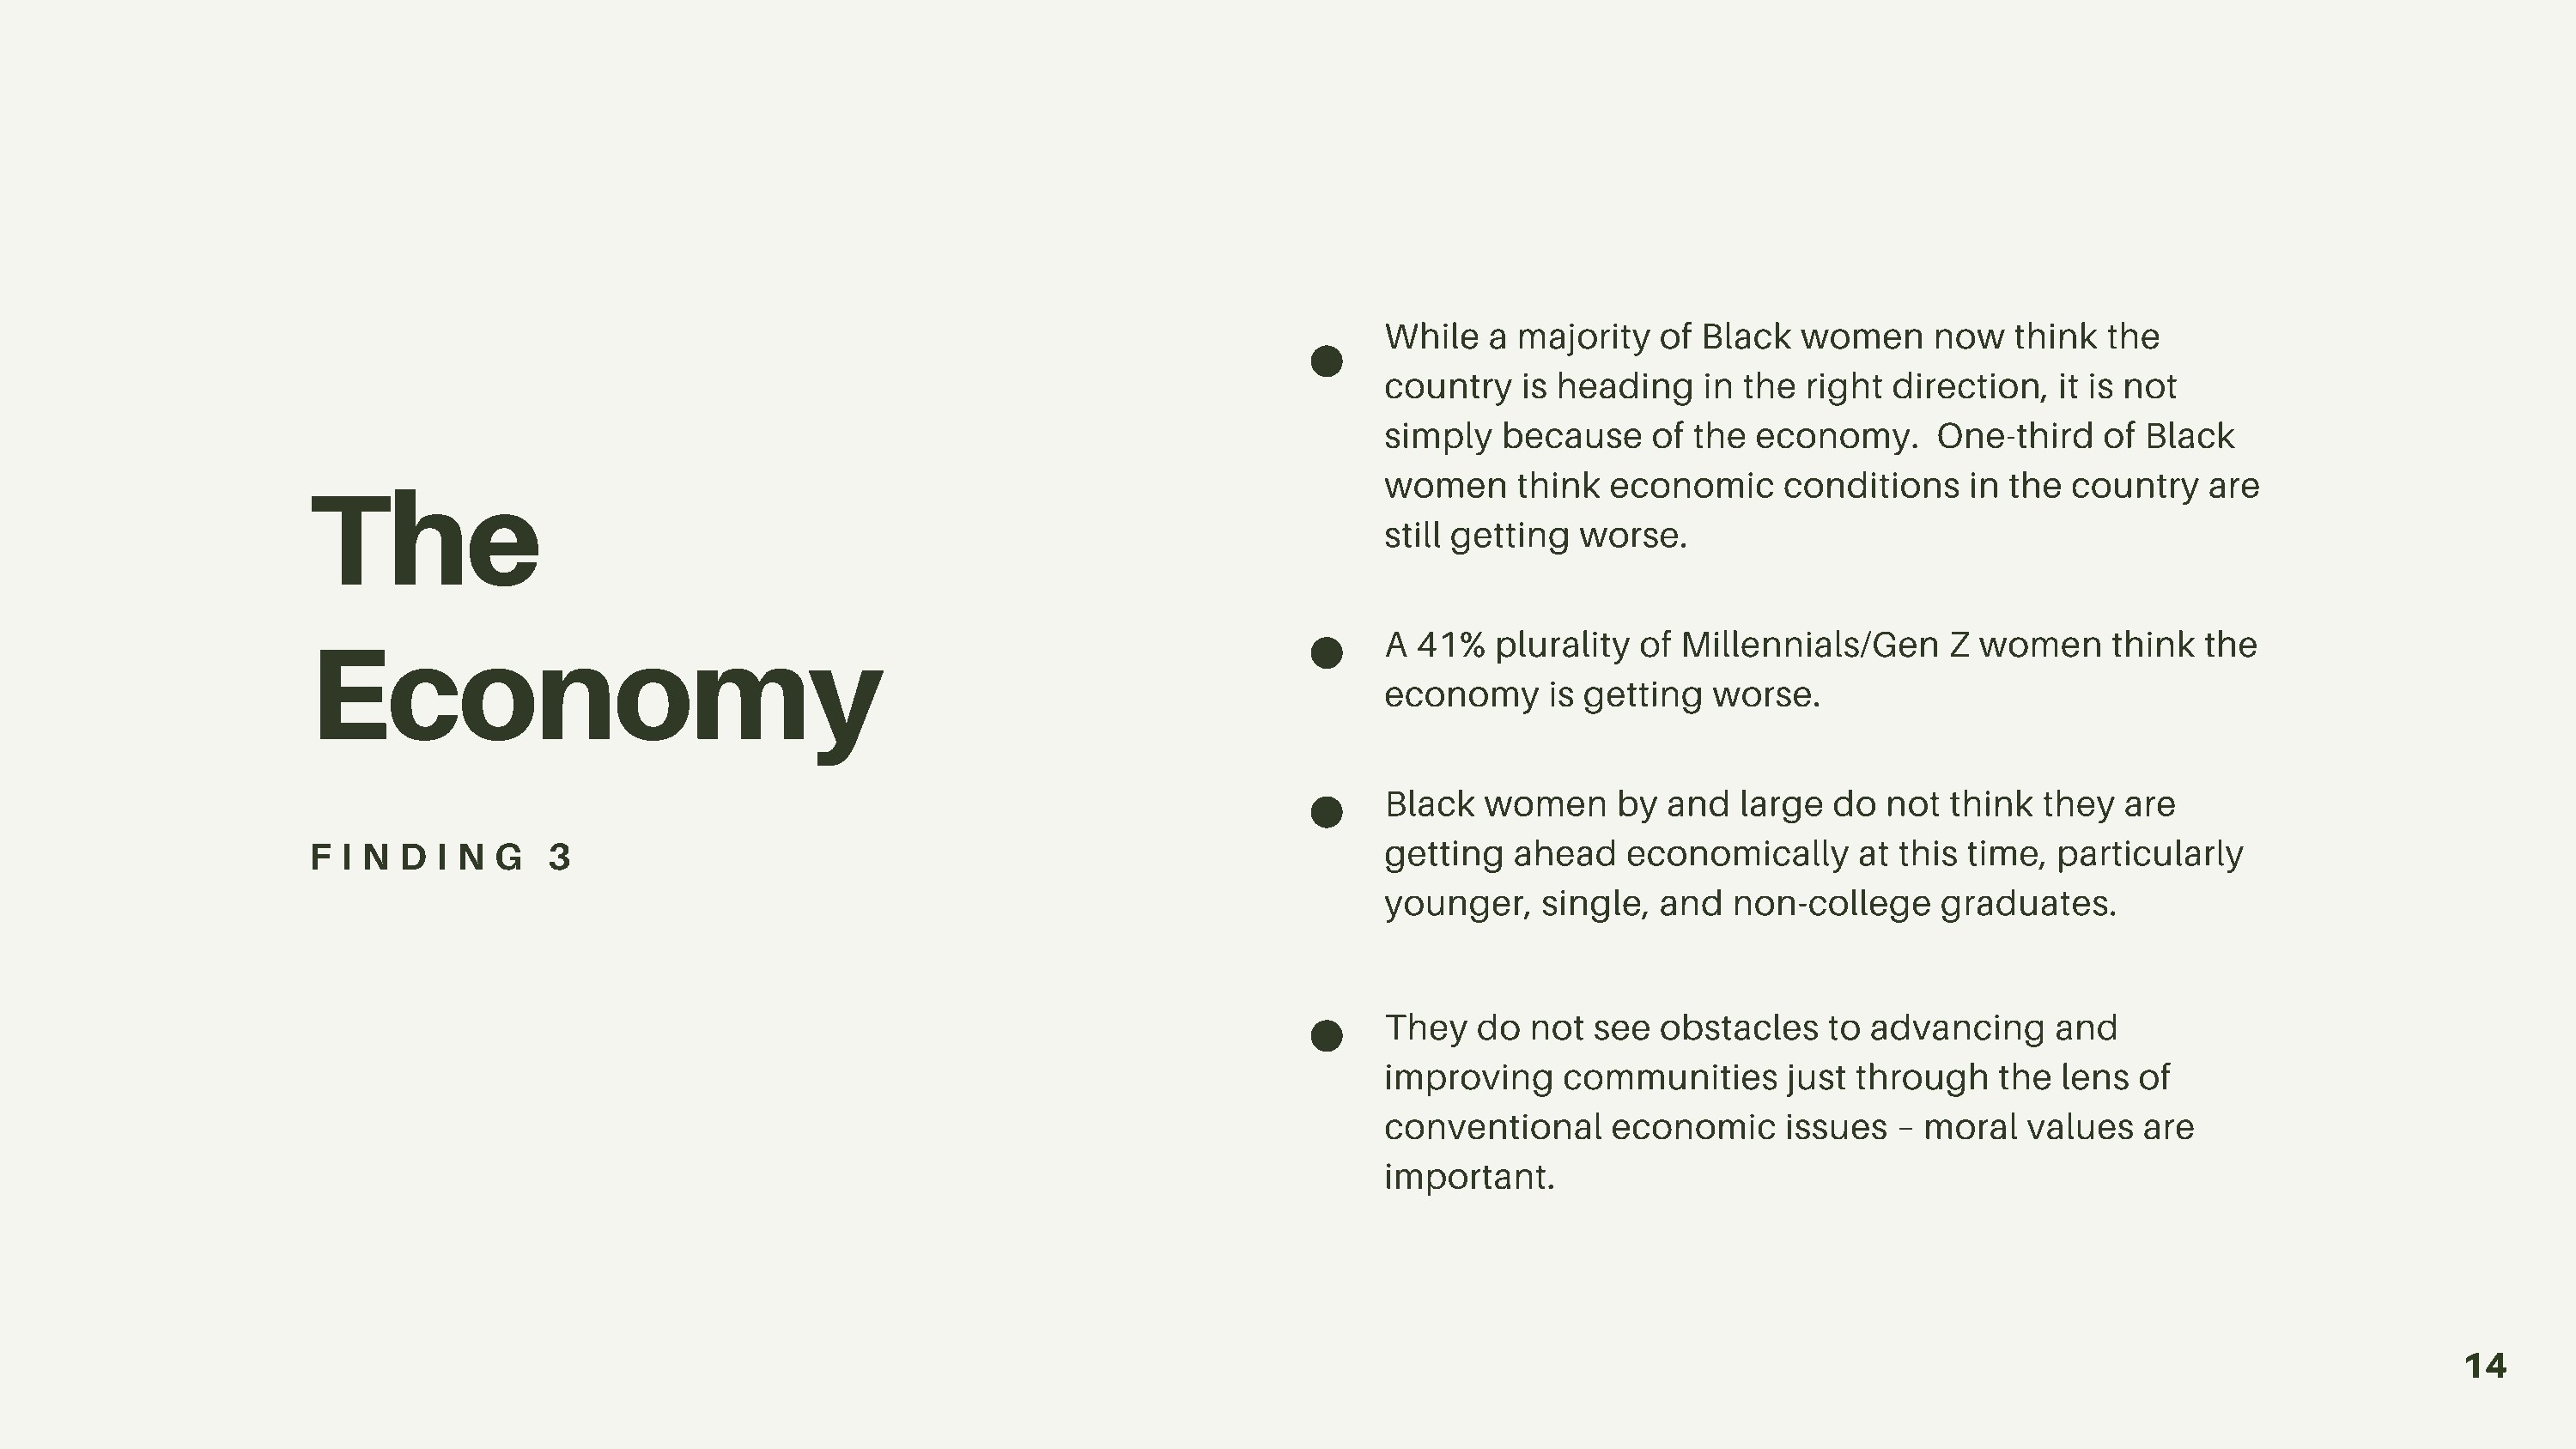
While   a majority   of Black   women     now   think  the
 country   is heading    in the  right  direction,   it is not
 simply   because    of  the economy.      One-third    of Black
 The
 women     think  economic      conditions    in the  country   are
 still getting  worse.
 Economy
 A 41%   plurality  of  Millennials/Gen     Z  women     think  the
 economy     is getting   worse.
 Black  women      by  and  large  do  not  think  they   are
 getting   ahead   economically      at this  time,  particularly
 F I N  D  I N G   3
 younger,    single,  and   non-college     graduates.
 They   do  not  see  obstacles    to advancing     and
 improving     communities      just through    the  lens  of
 conventional     economic      issues  – moral   values   are
 important.
 14